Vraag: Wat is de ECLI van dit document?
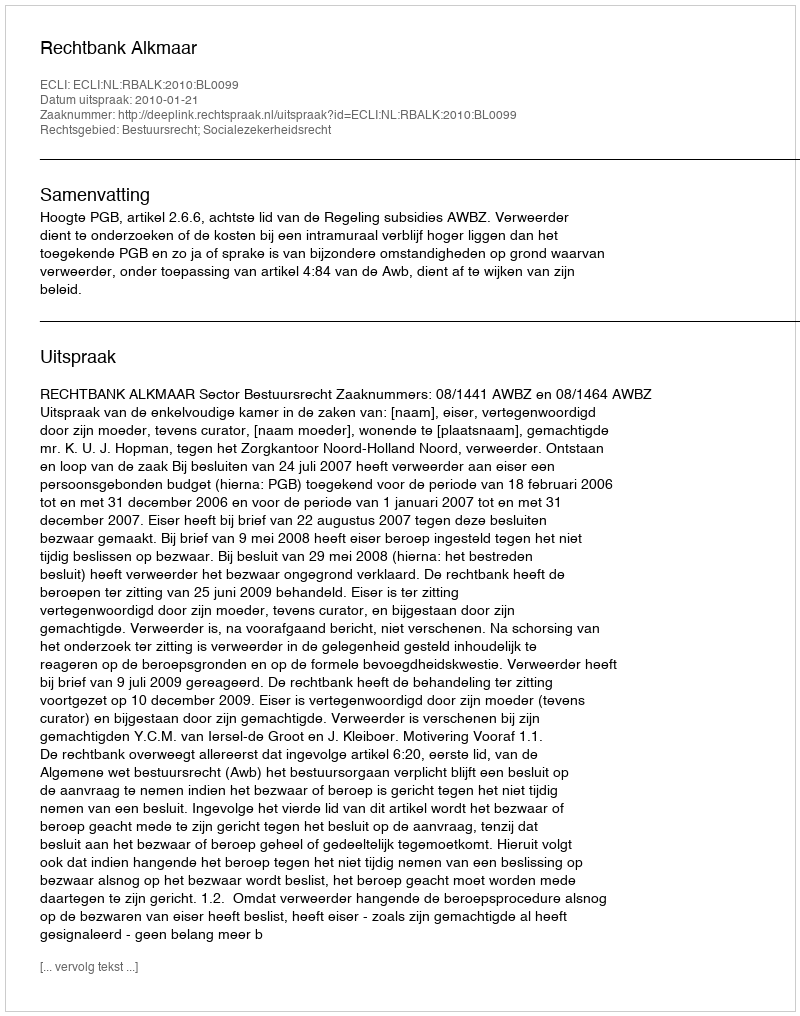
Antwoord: ECLI:NL:RBALK:2010:BL0099